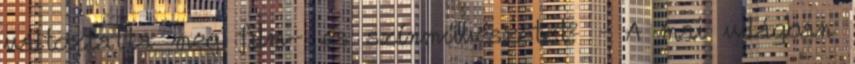
változtatta meg film- és színművészetet? – A mai világban